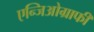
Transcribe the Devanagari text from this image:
एन्जिओग्राफी